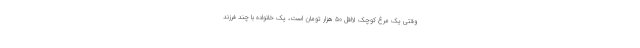
وقتی یک مرغ کوچک لااقل ۵۰ هزار تومان است، یک خانواده با چند فرزند